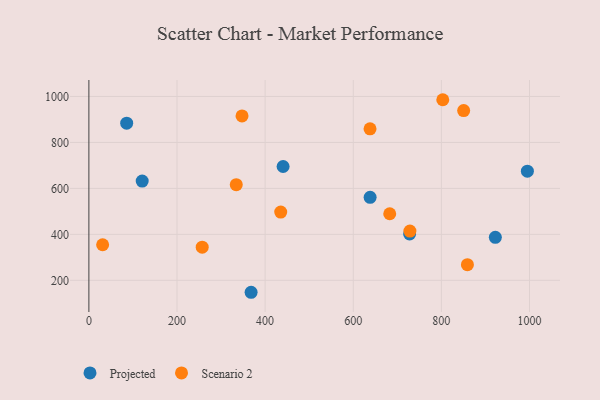
{"axis": {"x": "Engine Size", "y": "Yield"}, "legend": ["Projected", "Scenario 2"], "data": [{"x": "638.3", "y": 561.0, "type": "Projected"}, {"x": "922.5", "y": 387.2, "type": "Projected"}, {"x": "121.0", "y": 631.8, "type": "Projected"}, {"x": "368.2", "y": 148.0, "type": "Projected"}, {"x": "995.2", "y": 674.8, "type": "Projected"}, {"x": "727.9", "y": 401.9, "type": "Projected"}, {"x": "85.8", "y": 883.7, "type": "Projected"}, {"x": "440.8", "y": 695.4, "type": "Projected"}, {"x": "803.2", "y": 985.9, "type": "Scenario 2"}, {"x": "638.1", "y": 859.3, "type": "Scenario 2"}, {"x": "859.1", "y": 268.0, "type": "Scenario 2"}, {"x": "347.6", "y": 915.4, "type": "Scenario 2"}, {"x": "435.4", "y": 496.8, "type": "Scenario 2"}, {"x": "31.2", "y": 354.9, "type": "Scenario 2"}, {"x": "682.8", "y": 489.8, "type": "Scenario 2"}, {"x": "257.2", "y": 344.3, "type": "Scenario 2"}, {"x": "728.6", "y": 414.4, "type": "Scenario 2"}, {"x": "334.5", "y": 616.2, "type": "Scenario 2"}, {"x": "850.6", "y": 938.8, "type": "Scenario 2"}]}